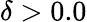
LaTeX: \delta>0.0